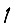
Digit: 1